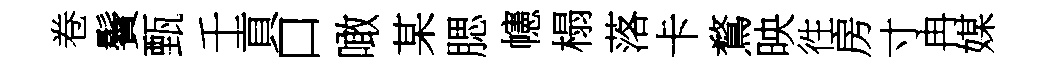
卷鬢甄千貢口噉某腮幰榻落卡鶩映徃房寸冉媒